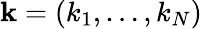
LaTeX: \mathbf k=(k_{1},\dots,k_{N})